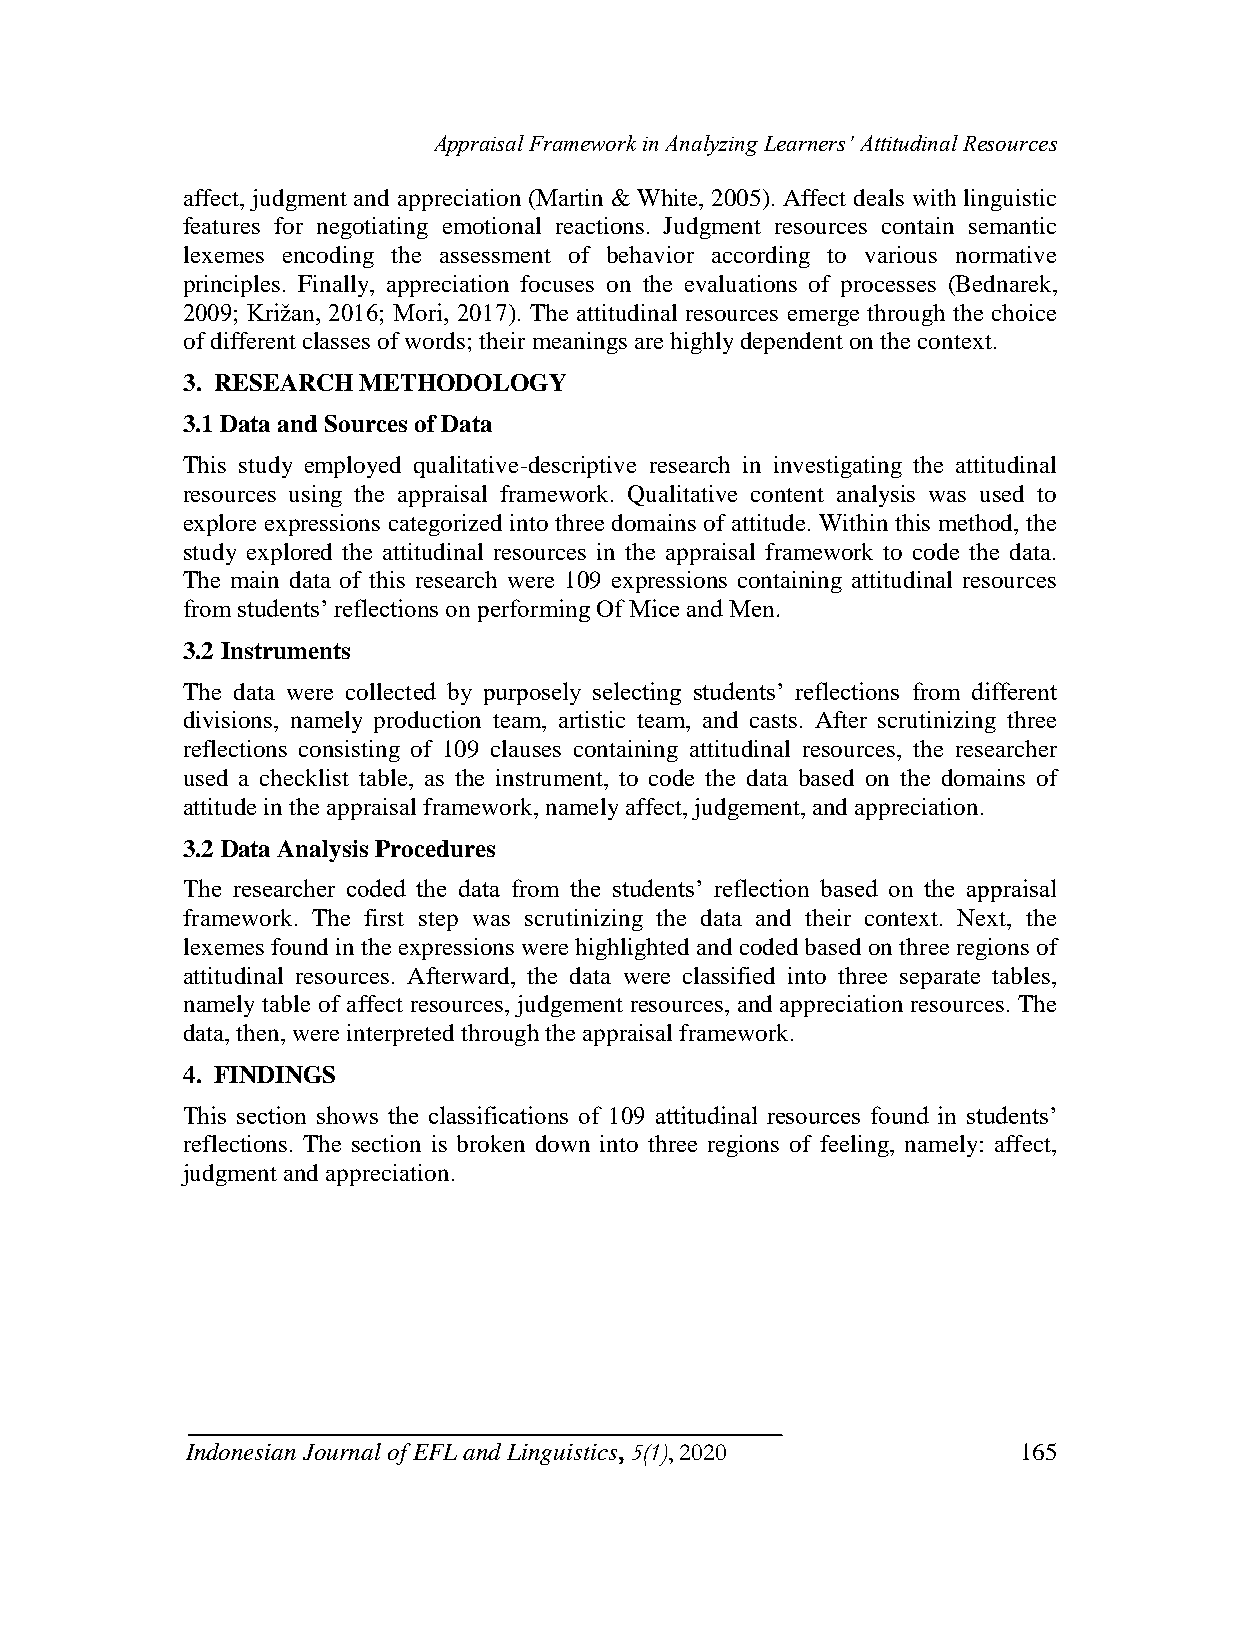
Appraisal Framework in Analyzing Learners’ Attitudinal Resources
 affect, judgment and appreciation (Martin & White, 2005). Affect deals with linguistic
 features for negotiating emotional reactions. Judgment resources contain semantic
 lexemes encoding the assessment of behavior according to various normative
 principles. Finally, appreciation focuses on the evaluations of processes (Bednarek,
 2009; Križan, 2016; Mori, 2017). The attitudinal resources emerge through the choice
 of different classes of words; their meanings are highly dependent on the context.
 3. RESEARCH METHODOLOGY
 3.1 Data and Sources of Data
 This study employed qualitative-descriptive research in investigating the attitudinal
 resources using the appraisal framework. Qualitative content analysis was used to
 explore expressions categorized into three domains of attitude. Within this method, the
 study explored the attitudinal resources in the appraisal framework to code the data.
 The main data of this research were 109 expressions containing attitudinal resources
 from students‟ reflections on performing Of Mice and Men.
 3.2 Instruments
 The data were collected by purposely selecting students‟ reflections from different
 divisions, namely production team, artistic team, and casts. After scrutinizing three
 reflections consisting of 109 clauses containing attitudinal resources, the researcher
 used a checklist table, as the instrument, to code the data based on the domains of
 attitude in the appraisal framework, namely affect, judgement, and appreciation.
 3.2 Data Analysis Procedures
 The researcher coded the data from the students‟ reflection based on the appraisal
 framework. The first step was scrutinizing the data and their context. Next, the
 lexemes found in the expressions were highlighted and coded based on three regions of
 attitudinal resources. Afterward, the data were classified into three separate tables,
 namely table of affect resources, judgement resources, and appreciation resources. The
 data, then, were interpreted through the appraisal framework.
 4. FINDINGS
 This section shows the classifications of 109 attitudinal resources found in students‟
 reflections. The section is broken down into three regions of feeling, namely: affect,
 judgment and appreciation.
 Indonesian Journal of EFL and Linguistics, 5(1), 2020   165